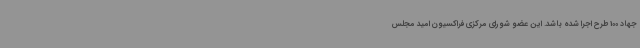
جهاد 100 طرح اجرا شده باشد. این عضو شورای مرکزی فراکسیون امید مجلس